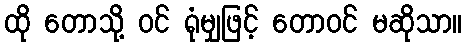
ထို တောသို့ ဝင် ရုံမျှဖြင့် တောဝင် မဆိုသာ။